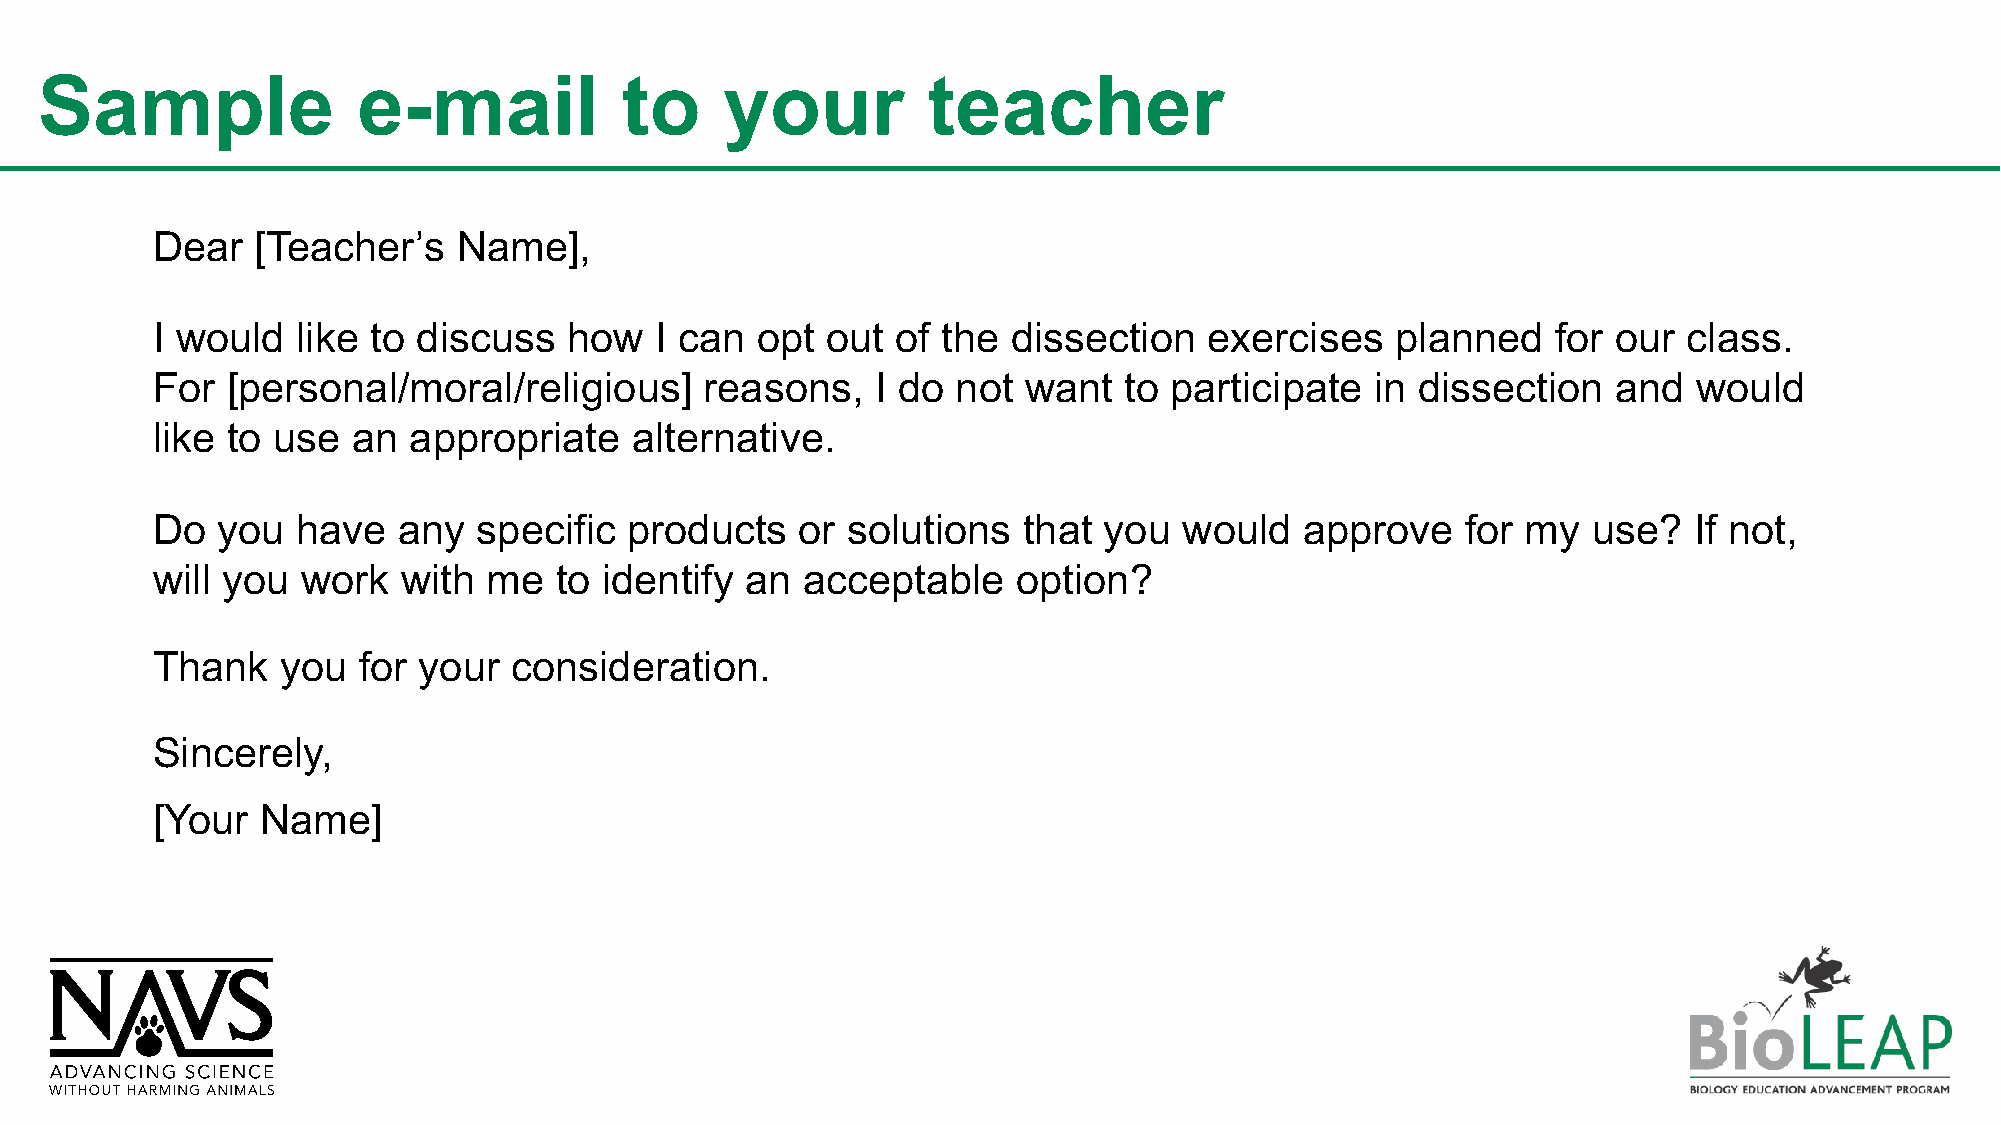
Sample                e-mail           to     your         teacher
 Dear   [Teacher’s   Name],
 I would   like to discuss   how  I can  opt  out of the  dissection   exercises   planned    for our  class.
 For  [personal/moral/religious]      reasons,   I do not  want  to participate   in dissection   and  would
 like to use  an  appropriate    alternative.
 Do  you   have  any   specific  products   or solutions   that you  would   approve    for my  use?   If not,
 will you  work   with me   to identify an  acceptable    option?
 Thank    you  for your  consideration.
 Sincerely,
 [Your  Name]